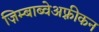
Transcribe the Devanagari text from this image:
ज़िम्बाब्वेअफ़्रीकन